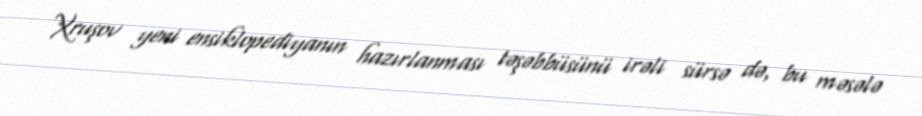
Xruşov yeni ensiklopediyanın hazırlanması təşəbbüsünü irəli sürsə də, bu məsələ